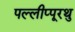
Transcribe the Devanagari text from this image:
पल्लीप्पूरथु